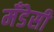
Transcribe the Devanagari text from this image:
मँडेसी